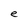
Character: e